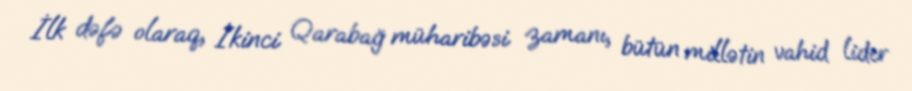
İlk dəfə olaraq, İkinci Qarabağ müharibəsi zamanı, bütün millətin vahid lider